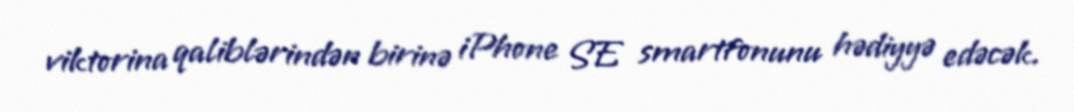
viktorina qaliblərindən birinə iPhone SE smartfonunu hədiyyə edəcək.